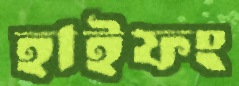
হাইফং